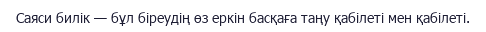
Саяси билік — бұл біреудің өз еркін басқаға таңу қабілеті мен қабілеті.